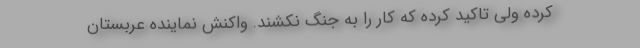
کرده ولی تاکید کرده که کار را به جنگ نکشند. واکنش نماینده عربستان